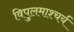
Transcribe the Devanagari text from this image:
विपुलमाश्चर्य